Indian journal of veterinary science and animal husbandry - Volumes 26-27, 1956-1957
Year: 1956
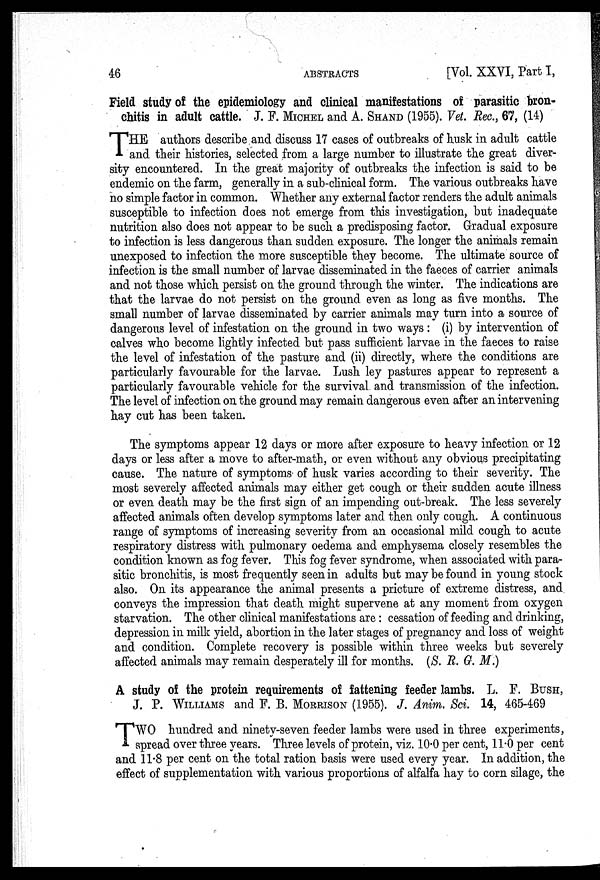
46
ABSTRACTS
[Vol. XXVI, Part I,
Field study of the epidemiology and clinical manifestations of parasitic bron-
chitis in adult cattle. J. F. MICHEL and A. SHAND (1955). Vet. Rec., 67, (14)
T HE authors describe and discuss 17 cases of outbreaks of husk in adult cattle
and their histories, selected from a large number to illustrate the great diver-
sity encountered. In the great majority of outbreaks the infection is said to be
endemic on the farm, generally in a sub-clinical form. The various outbreaks have
no simple factor in common. Whether any external factor renders the adult animals
susceptible to infection does not emerge from this investigation, but inadequate
nutrition also does not appear to be such a predisposing factor. Gradual exposure
to infection is less dangerous than sudden exposure. The longer the animals remain
unexposed to infection the more susceptible they become. The ultimate source of
infection is the small number of larvae disseminated in the faeces of carrier animals
and not those which persist on the ground through the winter. The indications are
that the larvae do not persist on the ground even as long as five months. The
small number of larvae disseminated by carrier animals may turn into a source of
dangerous level of infestation on the ground in two ways : (i) by intervention of
calves who become lightly infected but pass sufficient larvae in the faeces to raise
the level of infestation of the pasture and (ii) directly, where the conditions are
particularly favourable for the larvae. Lush ley pastures appear to represent a
particularly favourable vehicle for the survival and transmission of the infection.
The level of infection on the ground may remain dangerous even after an intervening
hay cut has been taken.
The symptoms appear 12 days or more after exposure to heavy infection or 12
days or less after a move to after-math, or even without any obvious precipitating
cause. The nature of symptoms of husk varies according to their severity. The
most severely affected animals may either get cough or their sudden acute illness
or even death may be the first sign of an impending out-break. The less severely
affected animals often develop symptoms later and then only cough. A continuous
range of symptoms of increasing severity from an occasional mild cough to acute
respiratory distress with pulmonary oedema and emphysema closely resembles the
condition known as fog fever. This fog fever syndrome, when associated with para-
sitic bronchitis, is most frequently seen in adults but may be found in young stock
also. On its appearance the animal presents a pricture of extreme distress, and
conveys the impression that death might supervene at any moment from oxygen
starvation. The other clinical manifestations are : cessation of feeding and drinking,
depression in milk yield, abortion in the later stages of pregnancy and loss of weight
and condition. Complete recovery is possible within three weeks but severely
affected animals may remain desperately ill for months. (S. R. G. M.)
A study of the protein requirements of fattening feeder lambs. L. F. BUSH,
J. P. WILLIAMS and P. B. MORRISON (1955). J. Anim. Sci. 14, 465-469
T WO hundred and ninety-seven feeder lambs were used in three experiments,
spread over three years. Three levels of protein, viz. 10.0 per cent, 11.0 per cent
and 11.8 per cent on the total ration basis were used every year. In addition, the
effect of supplementation with various proportions of alfalfa hay to corn silage, the